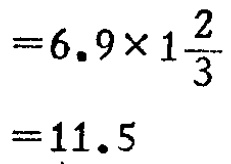
\[

\begin{align*}

&=6.9\times1\frac{2}{3}\\

&=11.5

\end{align*}

\]